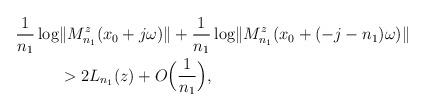
LaTeX: \begin{align*} \frac{1}{n_{1}} \log & \lVert M^{z}_{n_{1}}(x_{0}+j \omega)\rVert + \frac{1}{n_{1}} \log \lVert M^{z}_{n_{1}}(x_{0}+(-j-n_{1}) \omega)\rVert\\ & > 2L_{n_{1}}(z) + O \Big ( \frac{1}{n_{1}} \Big), \end{align*}